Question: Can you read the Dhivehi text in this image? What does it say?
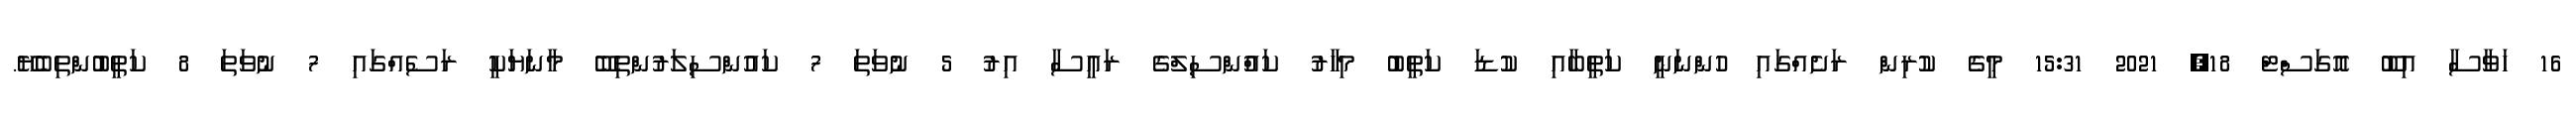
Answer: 16 ހަވާސާ އިބޫ އޮގަސްޓް 18, 2021 15:31 މީގެ ކުރިން ރަށެއްގައި ހުންނަނީ ކަތީބާއި ކުޑަ ކަތީބު މިހާރު ކައުްންސިލްގެ ރައީސާ އިރު 5 ނުވަތަ 7 ކައުންސިލަރުންތިބޭ މާނަޔަކީ ރަސެއްގައި 7 ނުވަތަ 8 ކަތީބުންތިބެޔޭ.